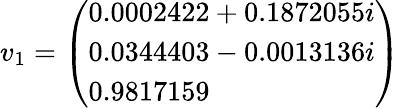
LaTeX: v_{1}={\left(\begin{array}{l}{0.0002422+0.1872055i}\\ {0.0344403-0.0013136i}\\ {0.9817159}\end{array}\right)}